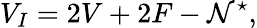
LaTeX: V_{I}=2V+2F-\mathcal{N}^{\star},